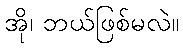
အို၊ ဘယ်ဖြစ်မလဲ။